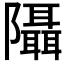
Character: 𨽦